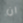
ان